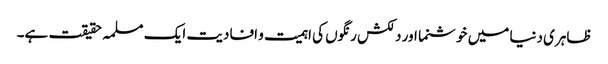
ظاہری دنیا میں خوشنما اور دلکش رنگوں کی اہمیت و افادیت ایک مسلمہ حقیقت ہے۔